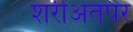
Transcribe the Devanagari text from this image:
शरीअतपर